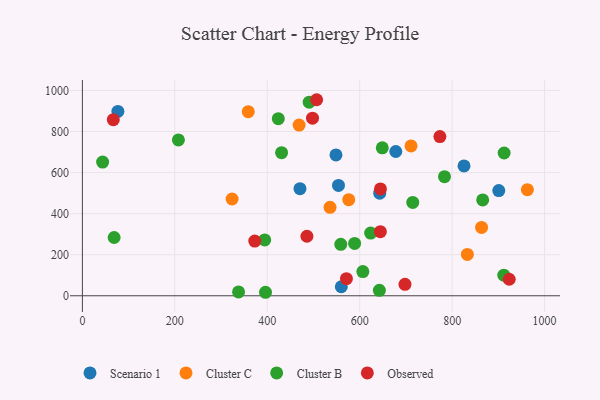
{"axis": {"x": "Speed", "y": "Rating"}, "legend": ["Cluster B", "Cluster C", "Observed", "Scenario 1"], "data": [{"x": "678.1", "y": 702.7, "type": "Scenario 1"}, {"x": "470.8", "y": 521.4, "type": "Scenario 1"}, {"x": "76.8", "y": 897.8, "type": "Scenario 1"}, {"x": "643.3", "y": 499.7, "type": "Scenario 1"}, {"x": "900.9", "y": 512.5, "type": "Scenario 1"}, {"x": "554.1", "y": 537.3, "type": "Scenario 1"}, {"x": "825.7", "y": 632.3, "type": "Scenario 1"}, {"x": "560.2", "y": 43.9, "type": "Scenario 1"}, {"x": "548.7", "y": 686.2, "type": "Scenario 1"}, {"x": "468.9", "y": 831.3, "type": "Cluster C"}, {"x": "358.9", "y": 896.7, "type": "Cluster C"}, {"x": "323.9", "y": 471.4, "type": "Cluster C"}, {"x": "535.8", "y": 431.0, "type": "Cluster C"}, {"x": "711.1", "y": 729.9, "type": "Cluster C"}, {"x": "962.8", "y": 516.6, "type": "Cluster C"}, {"x": "576.3", "y": 468.0, "type": "Cluster C"}, {"x": "863.7", "y": 333.1, "type": "Cluster C"}, {"x": "832.9", "y": 201.4, "type": "Cluster C"}, {"x": "589.0", "y": 254.8, "type": "Cluster B"}, {"x": "648.9", "y": 720.6, "type": "Cluster B"}, {"x": "783.5", "y": 579.9, "type": "Cluster B"}, {"x": "207.8", "y": 758.9, "type": "Cluster B"}, {"x": "431.0", "y": 697.0, "type": "Cluster B"}, {"x": "606.8", "y": 117.9, "type": "Cluster B"}, {"x": "423.9", "y": 862.7, "type": "Cluster B"}, {"x": "714.8", "y": 454.7, "type": "Cluster B"}, {"x": "394.5", "y": 272.2, "type": "Cluster B"}, {"x": "912.5", "y": 695.5, "type": "Cluster B"}, {"x": "43.8", "y": 651.4, "type": "Cluster B"}, {"x": "642.6", "y": 26.6, "type": "Cluster B"}, {"x": "396.2", "y": 17.0, "type": "Cluster B"}, {"x": "866.1", "y": 467.0, "type": "Cluster B"}, {"x": "490.7", "y": 943.0, "type": "Cluster B"}, {"x": "911.8", "y": 100.4, "type": "Cluster B"}, {"x": "68.7", "y": 283.9, "type": "Cluster B"}, {"x": "559.1", "y": 250.6, "type": "Cluster B"}, {"x": "337.9", "y": 18.7, "type": "Cluster B"}, {"x": "623.7", "y": 305.4, "type": "Cluster B"}, {"x": "923.5", "y": 80.4, "type": "Observed"}, {"x": "485.8", "y": 290.0, "type": "Observed"}, {"x": "66.9", "y": 857.6, "type": "Observed"}, {"x": "571.3", "y": 83.2, "type": "Observed"}, {"x": "644.9", "y": 520.3, "type": "Observed"}, {"x": "373.0", "y": 266.5, "type": "Observed"}, {"x": "644.7", "y": 312.0, "type": "Observed"}, {"x": "773.5", "y": 775.2, "type": "Observed"}, {"x": "506.8", "y": 954.9, "type": "Observed"}, {"x": "497.9", "y": 864.8, "type": "Observed"}, {"x": "698.0", "y": 55.9, "type": "Observed"}]}